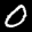
Label: 0